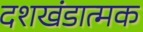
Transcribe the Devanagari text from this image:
दशखंडात्मक